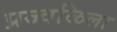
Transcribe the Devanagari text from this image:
प्रज्वळिला